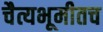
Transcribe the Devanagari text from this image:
चैत्यभूमीतच